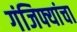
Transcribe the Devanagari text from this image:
गंजिफ्यांचा